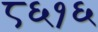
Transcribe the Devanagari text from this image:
८६१६